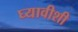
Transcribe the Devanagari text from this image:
घ्यावीशी